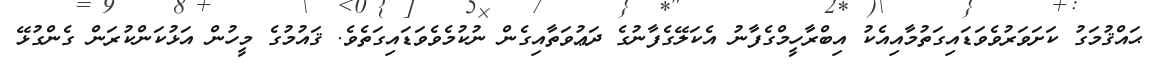
ޙައްޤުމަގު ކަށަވަރުވެވަޑައިގަތުމާއިއެކު އިބްރާހީމްގެފާނު އެކަލޭގެފާނުގެ ދަޢުވަތާއިގެން ނުކުމެވެވަޑައިގަތެވެ. ޤައުމުގެ މީހުން އަޅުކަންކުރަން ގެންގުޅޭ